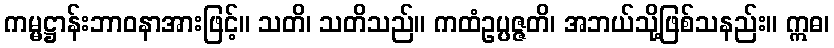
ကမ္မဋ္ဌာန်းဘာဝနာအားဖြင့်။ သတိ၊ သတိသည်။ ကထံဥပ္ပဇ္ဇတိ၊ အဘယ်သို့ဖြစ်သနည်း။ ဣဓ၊